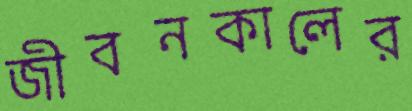
জীবনকালের